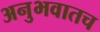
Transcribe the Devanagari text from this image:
अनुभवातच